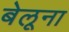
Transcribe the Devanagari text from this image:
बेलूना